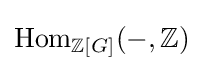
{\text{Hom}}_{\mathbb {Z} [G]}(-,\mathbb {Z} )